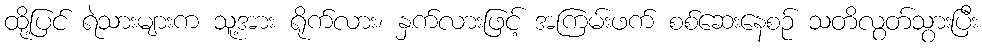
ထို့ပြင် ရဲသားများက သူ့အား ရိုက်လား၊ နှက်လားဖြင့် အကြမ်းဖက် စစ်ဆေးနေစဉ် သတိလွတ်သွားပြီး